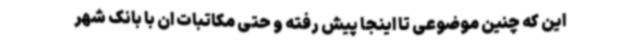
این که چنین موضوعی تا اینجا پیش رفته و حتی مکاتبات ان با بانک شهر